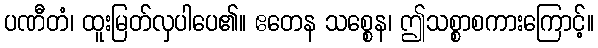
ပဏီတံ၊ ထူးမြတ်လှပါပေ၏။ ဧတေန သစ္စေန၊ ဤသစ္စာစကားကြောင့်။